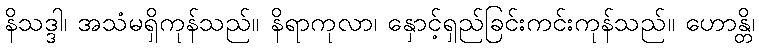
နိသဒ္ဒါ၊ အသံမရှိကုန်သည်။ နိရာကုလာ၊ နှောင့်ရှည်ခြင်းကင်းကုန်သည်။ ဟောန္တိ၊